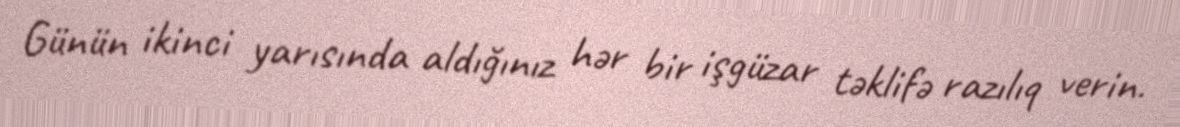
Günün ikinci yarısında aldığınız hər bir işgüzar təklifə razılıq verin.